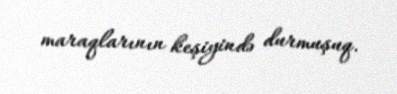
maraqlarının keşiyində durmuşuq.